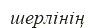
шерлінің